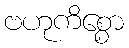
ဗဟုကိစ္စော